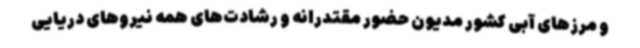
و مرزهای آبی کشور مدیون حضور مقتدرانه و رشادت‌های همه نیروهای دریایی